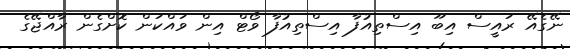
ނޭގެއޭ ރައީސް އިބޫ އިސްތިއުފާ އިސްތިއުފާ ވޯޓް އިން ވައްކަން ކޮށްގެން ރާއްޖޭގެ